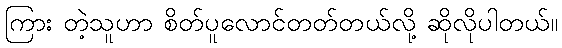
ကြား တဲ့သူဟာ စိတ်ပူလောင်တတ်တယ်လို့ ဆိုလိုပါတယ်။